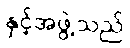
နှင့်အဖွဲ့သည်